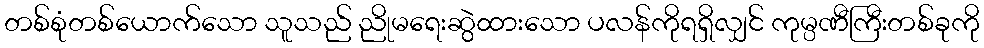
တစ်စုံတစ်ယောက်သော သူသည် ညိုမရေးဆွဲထားသော ပလန်ကိုရရှိလျှင် ကုမ္ပဏီကြီးတစ်ခုကို